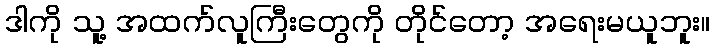
ဒါကို သူ့ အထက်လူကြီးတွေကို တိုင်တော့ အရေးမယူဘူး။